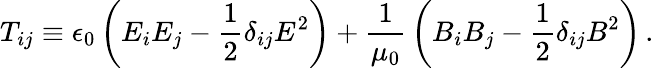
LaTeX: T_{ij}\equiv\epsilon_{0}\left(E_{i}E_{j}-{\frac{1}{2}}\delta_{ij}E^{2}\right)+{\frac{1}{\mu_{0}}}\left(B_{i}B_{j}-{\frac{1}{2}}\delta_{ij}B^{2}\right)\, .